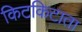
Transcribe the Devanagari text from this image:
किटकिटाता